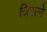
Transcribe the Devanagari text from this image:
त्रिरत्ने